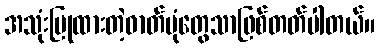
အသုံးပြုထားတဲ့ဓာတ်ပုံတွေသာဖြစ်တတ်ပါတယ်။